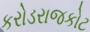
કરોડરાજકોટ